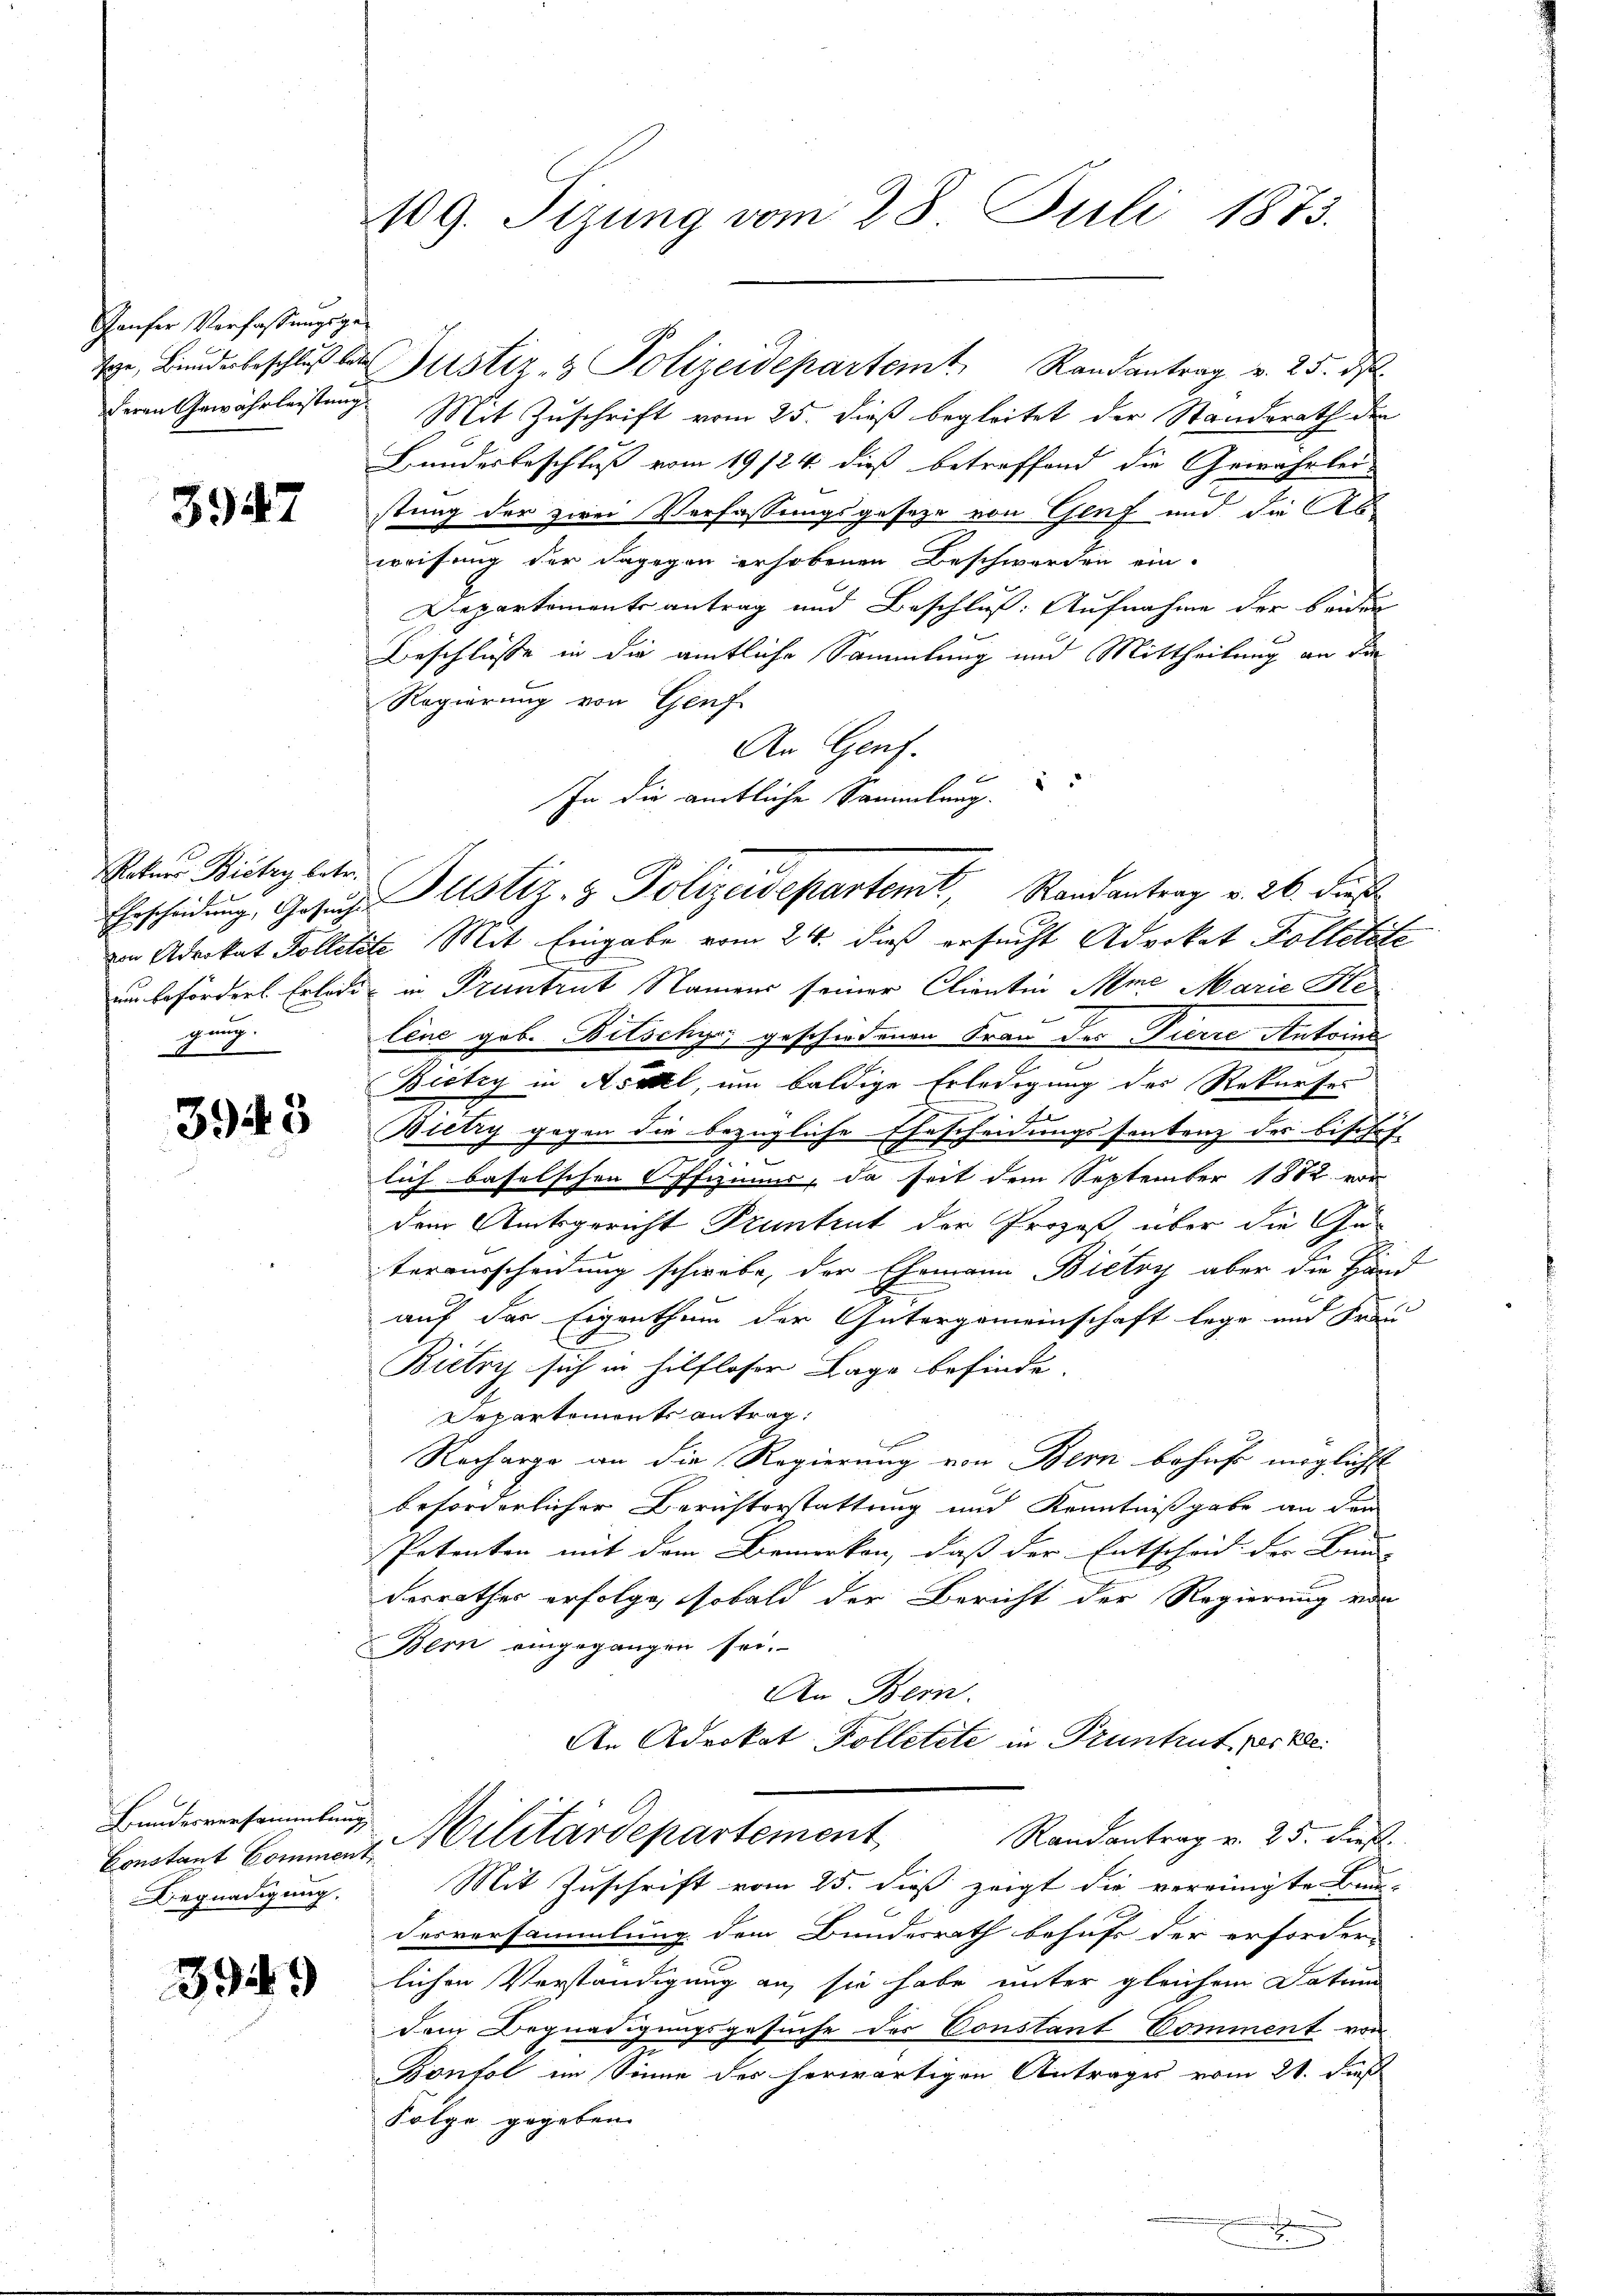
Pauser Verfassungsgederen Gewährleistung

3947

Rotars Bietry betr.
gung.
d

3943

Bundesversammlung
Begnadigung.

3949)

109. Tizung vom 28. Juli 1873.

Mit Zuschrift vom 25. dieß begleitet der Standsrath der
Bundesbeschluß vom 19/24. dieß betreffend die Gewährlei-
stung der zwei Verfassungsgeseze von Genf und die Abweisung der dagegen erhobenen Beschwerden ein-
Departementsantrag und Beschluß: Aufnahme der beiden
Beschlüsse in die amtliche Sammlung und Mittheilung an die
Regierung von Genf
An Genf.
In die amtliche Sammlung.
von Advokat Solletete Mit Eingabe vom 24. dieß ersucht Advokat Folletste
um beförders Erledig in Pruntrut Namens seiner Clientin Ame Marie Ste
lene geb. Bitschy geschiedenen Frau des Tierre Antoins
Bictzy in Asatel, um baldige Erledigung des Rekurses
e
Gescheidungssontenz des bischef- |
Bietry gegen die bezügliche
lich baselschen Offiziums, da seit dem September 1882 vor
dem Amtsgericht Pruntrut der Prozeß, über die Ge-
terausscheidung schwebe, der Ehemann Bietry aber die Händ
auf der Eigenthum der Gütergemeinschaft lege und Frau
Bietry sich in hilfloser Lage befinde.
Departements antrag:
Recharge an die Regierung von Bern behufs möglichst
beforderlicher Berichterstattung und Kenntnißgabe an dem
Petenten mit dem Bemerken, daß der Entscheid der Bau
Ferrathes erfolge, sobald der Bericht der Regierung von
Bern eingegangen sei.
An Bern.
An Advokat Kolletete in Pruntrut verke
Randantrag v. 25. dieß.
Constant Bomment Militärdepartement
Mit Zuschrift vom 25. dieß zeigt die vereinigte Bun-
desversammlung dem Bundesrath behufs der erforder-
lichen Vorständigung an, sie habe unter gleichem Datum
dem Begnadigungsgesuche der Constant Comment von
Bonfol im Sinne des herwärtigen Antrages vom 21. dieß
Folge gegeben.

g, Bunderbeschluß der Justiz- & Polizeidepartem Randantrag v. 25. ds.

Erscheidung, Gesuche Justiz- & Polizeidepartemt, Randantrag v. 26. dies